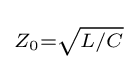
\scriptstyle Z_{0}={\sqrt {L/C}}